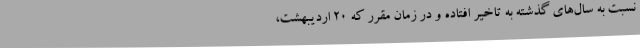
نسبت به سال‌های گذشته به تاخیر افتاده و در زمان مقرر که 20 اردیبهشت،